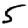
Digit: 5